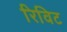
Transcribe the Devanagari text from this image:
रिविट